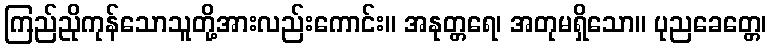
ကြည်ညိုကုန်သောသူတို့အားလည်းကောင်း။ အနုတ္တရေ၊ အတုမရှိသော။ ပုညခေတ္တေ၊